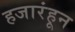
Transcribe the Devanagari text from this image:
हजारंहून